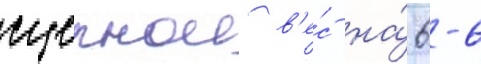
сцепнои в'е́с на́ 6-6